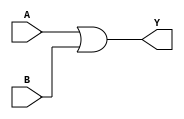
module or_gate6(A,B,Y);
	input A, B;
	output Y;
	
	assign Y = A | B;
	
endmodule